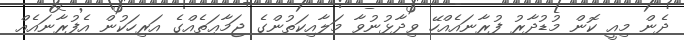
ދެން މިއީ ކޮން މުޑުދާރު ފުރާނައެއްހޭ ވިދާޅުނުވާ މަލާއިކަތުންގެ ޖަމާޢަތެއްގެ އަރިހަކުން އެފުރާނައެއް